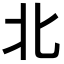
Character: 北